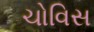
ચોવિસ